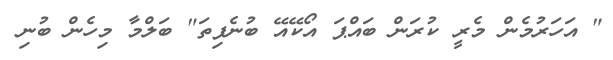
" އަހަރުމެން މެރީ ކުރަން ބައްޕަ އޯކޭއޭ ބުނެފިތަ" ބަލްމާ މިހެން ބުނި